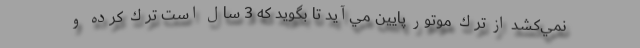
نمي‌كشد از ترك موتور پايين مي‌آيد تا بگويد كه 3 سال است ترك كرده و